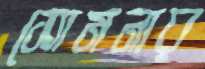
সোমনার